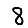
Digit: 8